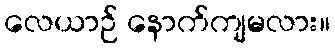
လေယာဉ် နောက်ကျမလား။